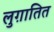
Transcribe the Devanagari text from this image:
लुग़ातित